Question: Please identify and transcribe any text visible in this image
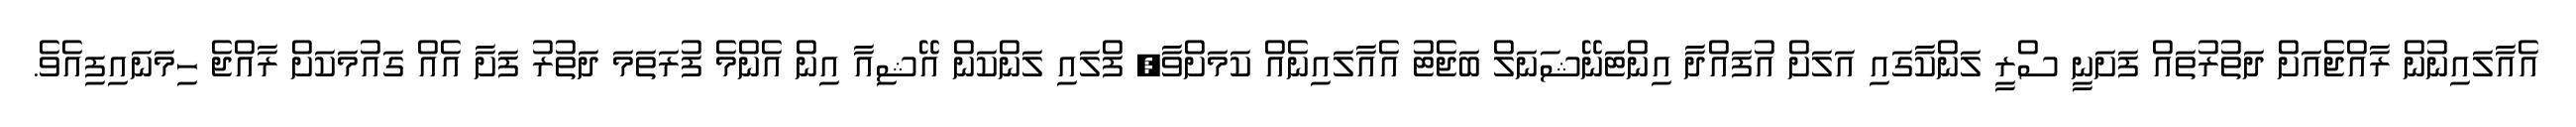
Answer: އެއާލައިނުން ރާއްޖެއަށް ދަތުރުތައް ފަށަނީ ސްރީ ލަންކާގައި އަލަށް އުފައްދާ އިންޓަނޭޝަނަލް ބަޖެޓު އެއާލައިނެއް ކަމަށްވާ, ފްލައި ލަންކަން އޭޝިއާ އިން އެންމެ ފުރަތަމަ ދަތުރު ފަށާ އެއް ގައުމަކަށް ރާއްޖެ ހިމަނައިފިއެވެ.